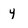
Character: 4